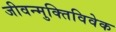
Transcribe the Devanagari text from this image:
जीवन्मुक्तिविवेक